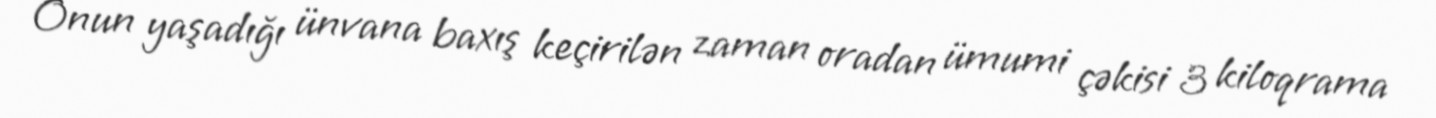
Onun yaşadığı ünvana baxış keçirilən zaman oradan ümumi çəkisi 3 kiloqrama